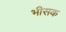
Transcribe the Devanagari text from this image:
भीसक